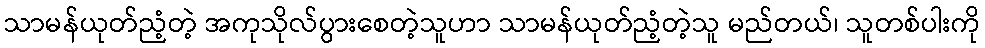
သာမန်ယုတ်ညံ့တဲ့ အကုသိုလ်ပွားစေတဲ့သူဟာ သာမန်ယုတ်ညံ့တဲ့သူ မည်တယ်၊ သူတစ်ပါးကို